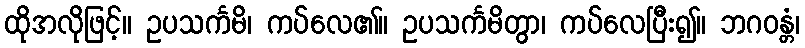
ထိုအလိုဖြင့်။ ဥပသင်္ကမိ၊ ကပ်လေ၏။ ဥပသင်္ကမိတွာ၊ ကပ်လေပြီး၍။ ဘဂဝန္တံ၊